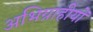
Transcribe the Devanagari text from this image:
अभिग्राहीयों